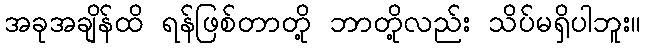
အခုအချိန်ထိ ရန်ဖြစ်တာတို့ ဘာတို့လည်း သိပ်မရှိပါဘူး။